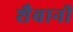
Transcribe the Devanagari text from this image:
शैबानी